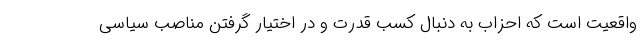
واقعیت است که احزاب به دنبال کسب قدرت و در اختیار گرفتن مناصب سیاسی